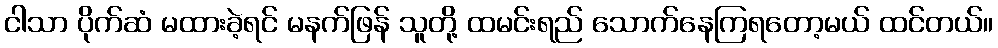
ငါသာ ပိုက်ဆံ မထားခဲ့ရင် မနက်ဖြန် သူတို့ ထမင်းရည် သောက်နေကြရတော့မယ် ထင်တယ်။